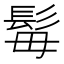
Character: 𩬍